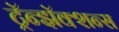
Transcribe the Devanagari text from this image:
ट्रॅन्झॅक्शन्स